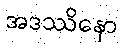
အဒဿိနော